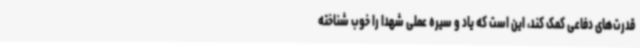
قدرت‌های دفاعی کمک کند، این است که یاد و سیره عملی شهدا را خوب شناخته